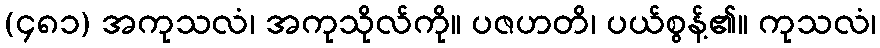
(၄၈၁) အကုသလံ၊ အကုသိုလ်ကို။ ပဇဟတိ၊ ပယ်စွန့်၏။ ကုသလံ၊